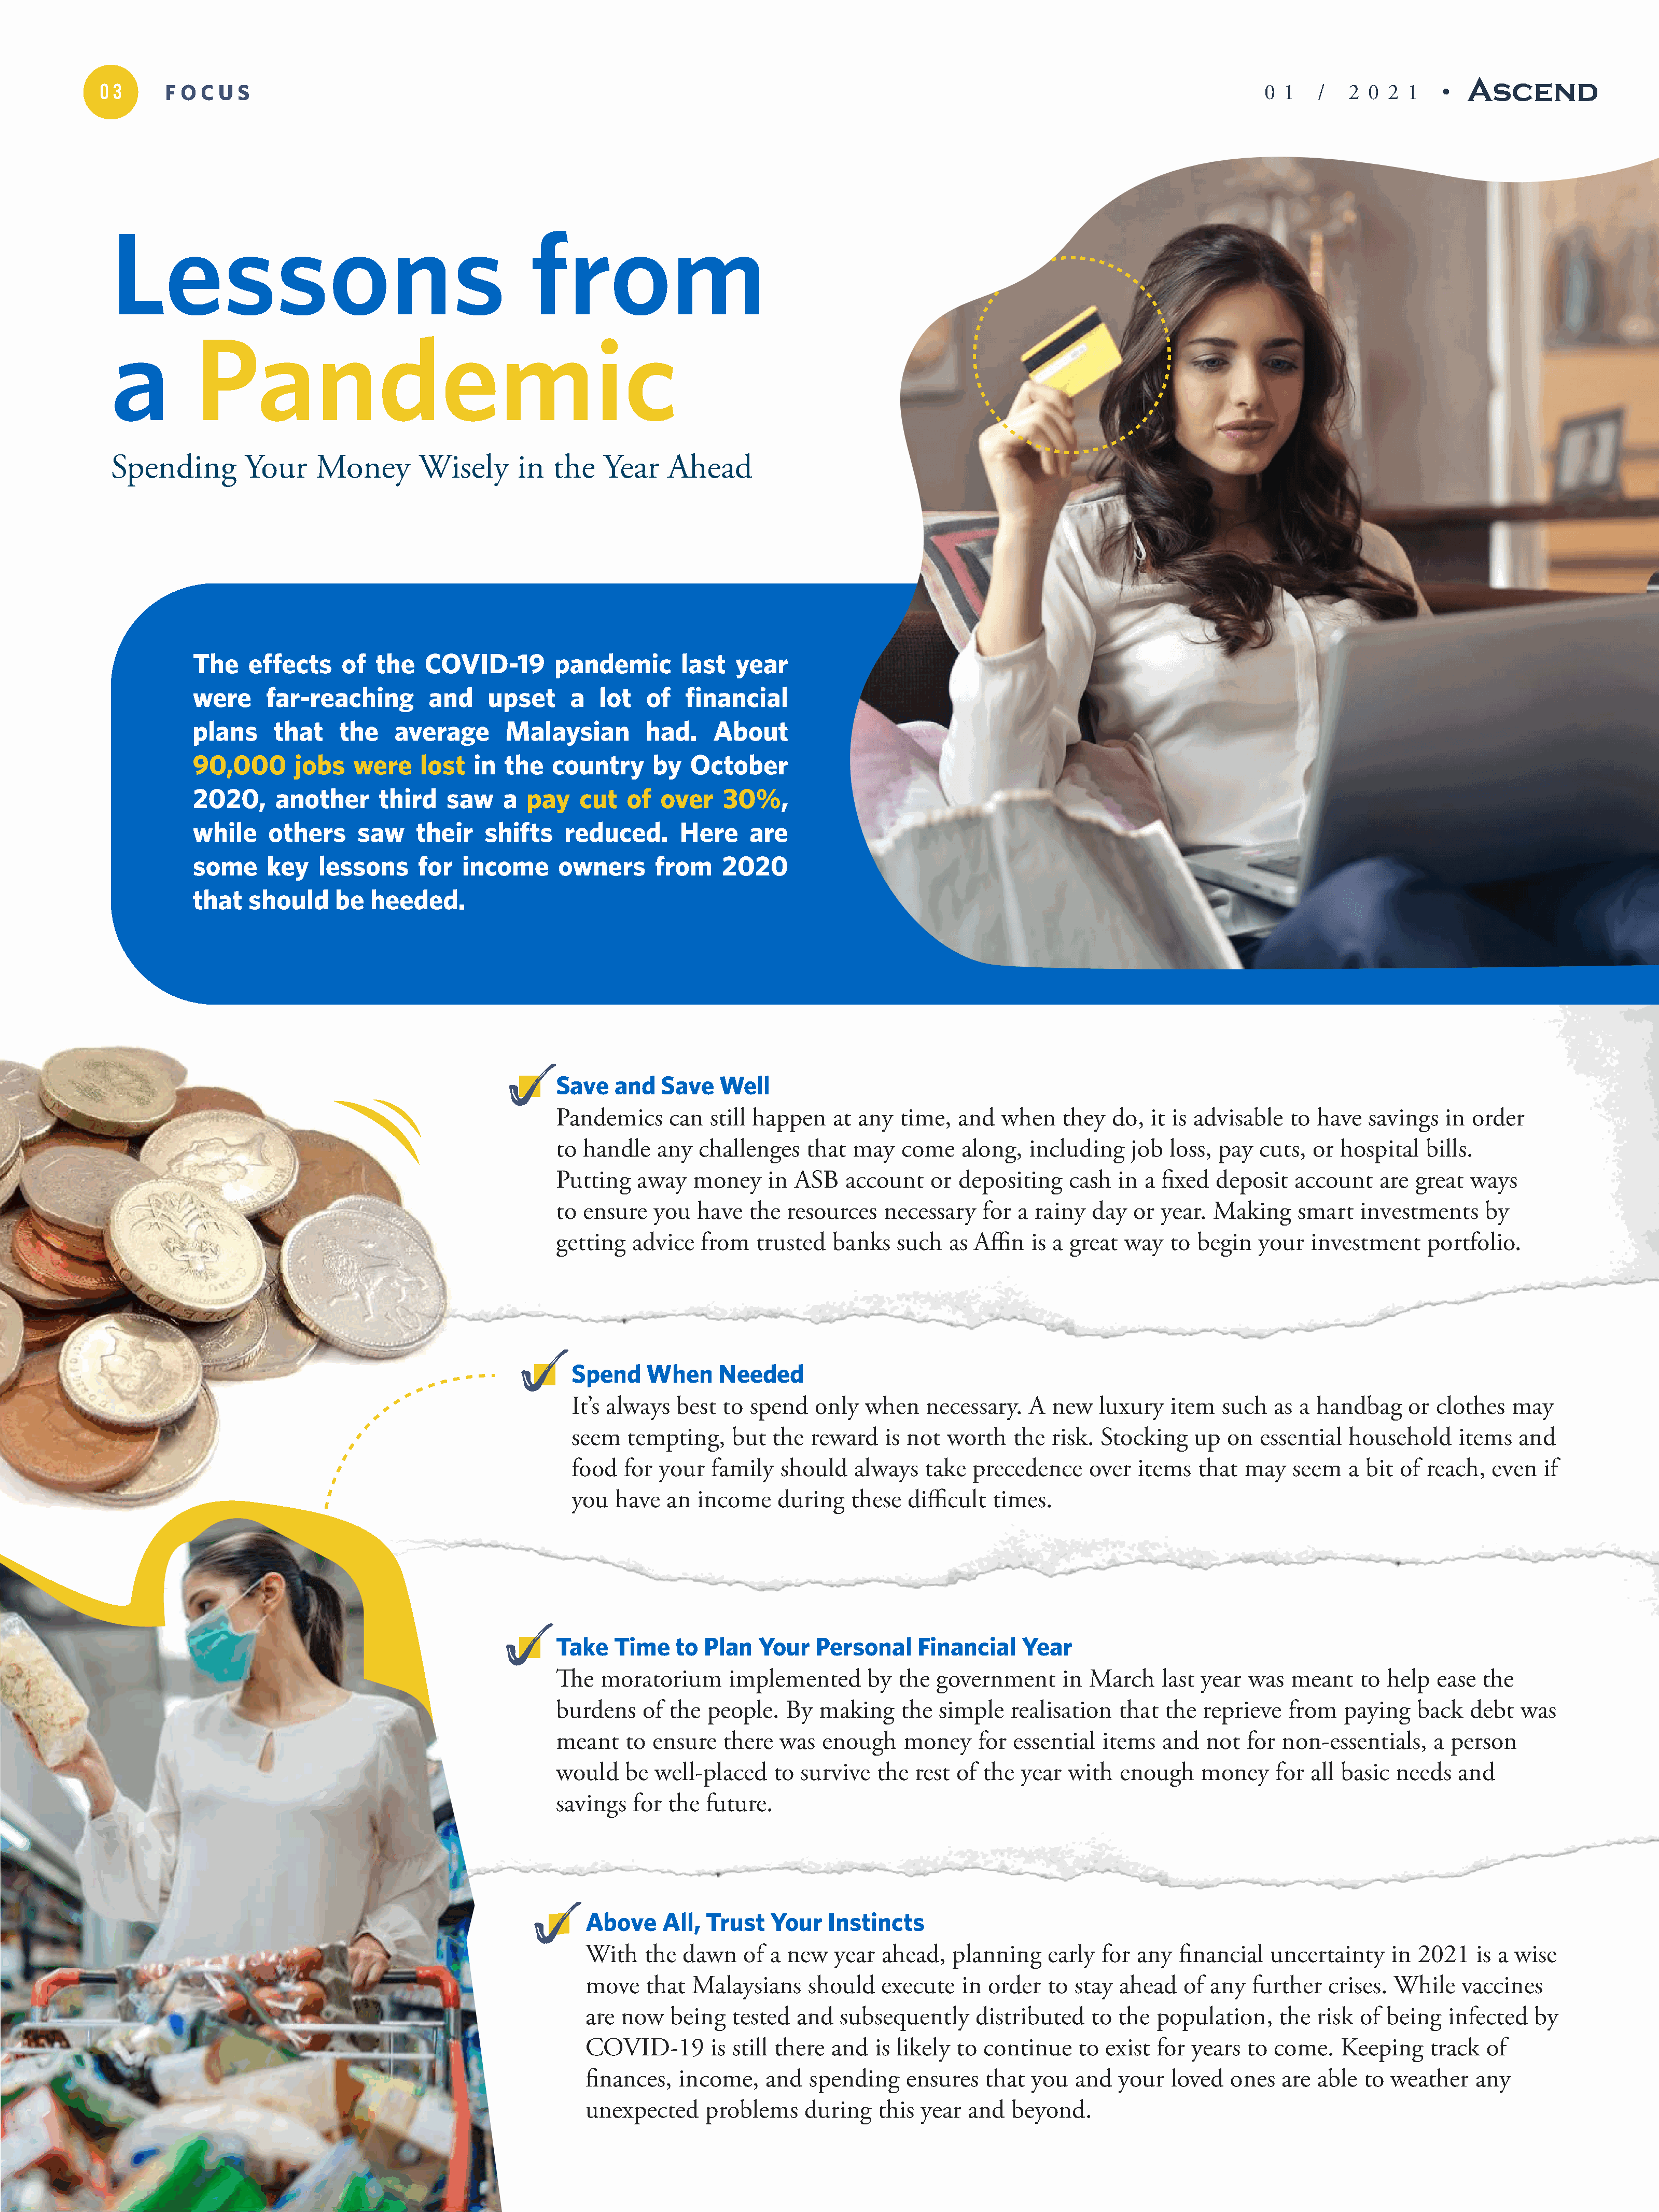
0 3     F O  C U S                                                                                                                                  0  1   /   2  0 2  1  •
 Lessons                                               from
 a          Pandemic
 Spending         Your     Money        Wisely       in   the   Year    Ahead
 The    effects     of  the   COVID-19         pandemic        last   year
 were     far-reaching         and    upset      a  lot   of   financial
 plans     that    the    average        Malaysian        had.     About
 90,000       jobs   were     lost  in  the   country      by   October
 2020,     another      third    saw    a  pay    cut   of  over    30%,
 while    others      saw    their    shifts    reduced.       Here     are
 some     key    lessons     for   income      owners       from    2020
 that   should     be  heeded.
 Save   and   Save    Well
 Pandemics     can   still happen   at any   time,  and   when    they  do,  it is advisable   to have   savings  in  order
 to handle    any  challenges    that  may   come    along,  including    job  loss, pay   cuts,  or hospital   bills.
 Putting   away   money     in ASB    account    or depositing    cash   in a fixed  deposit   account    are  great  ways
 to ensure   you   have   the resources    necessary   for  a rainy  day   or year.  Making     smart   investments     by
 getting   advice  from    trusted  banks   such   as Affin   is a great  way  to  begin   your  investment     portfolio.
 Spend    When      Needed
 It’s always  best  to  spend   only  when    necessary.   A  new   luxury   item   such   as a handbag     or clothes   may
 seem   tempting,    but   the reward    is not  worth   the  risk. Stocking    up   on  essential  household     items   and
 food   for your   family   should   always   take  precedence     over  items   that  may   seem   a bit  of reach,  even   if
 you  have   an  income    during    these  difficult  times.
 Take   Time    to  Plan   Your   Personal     Financial    Year
 The   moratorium      implemented       by  the government       in March    last year  was   meant    to help  ease  the
 burdens    of the  people.   By   making    the  simple   realisation   that  the  reprieve  from   paying    back   debt  was
 meant    to ensure   there   was  enough    money     for essential   items  and   not  for  non-essentials,    a person
 would    be  well-placed    to survive   the  rest of the  year  with   enough    money     for all basic  needs   and
 savings   for the  future.
 Above     All, Trust   Your    Instincts
 With   the  dawn    of a new    year  ahead,   planning    early  for any  financial   uncertainty     in 2021   is a wise
 move   that  Malaysians     should    execute   in order   to stay  ahead   of any   further   crises. While    vaccines
 are now    being  tested   and  subsequently      distributed   to  the  population,    the  risk  of being   infected   by
 COVID-19        is still there and   is likely to  continue    to exist  for years  to  come.   Keeping    track   of
 finances,   income,    and  spending     ensures   that  you  and   your  loved   ones   are able  to  weather   any
 unexpected     problems     during   this  year  and  beyond.